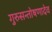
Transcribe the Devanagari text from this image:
गुरुसन्तोषणादेव